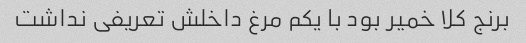
برنج کلا خمیر بود با یکم مرغ داخلش تعریفی نداشت